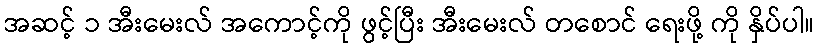
အဆင့် ၁ အီးမေးလ် အကောင့်ကို ဖွင့်ပြီး အီးမေးလ် တစောင် ရေးဖို့ ကို နှိပ်ပါ။